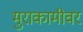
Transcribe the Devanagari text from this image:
मुराकामीवर